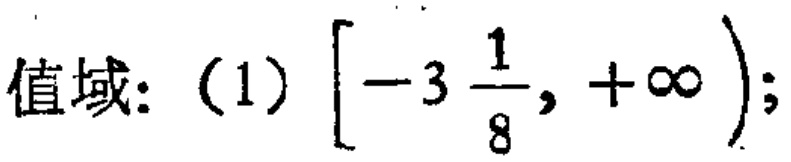
值域：(1) $\left[-3\frac{1}{8},+\infty\right)$;